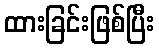
ထားခြင်းဖြစ်ပြီး